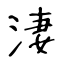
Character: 淒